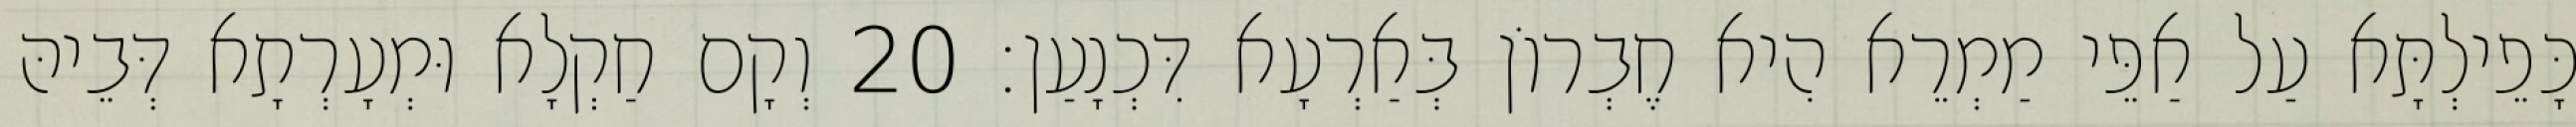
כָּפֵילְתָּא עַל אַפֵּי מַמְרֵא הִיא חֶבְרוֹן בְּאַרְעָא דִּכְנָעַן׃ 20 וְקָם חַקְלָא וּמְעָרְתָא דְּבֵיהּ